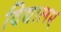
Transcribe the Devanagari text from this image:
विद्यालए